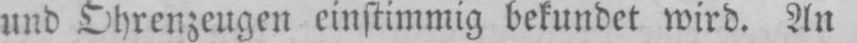
und Ohrenzeugen einstimmig bekundet wird. An